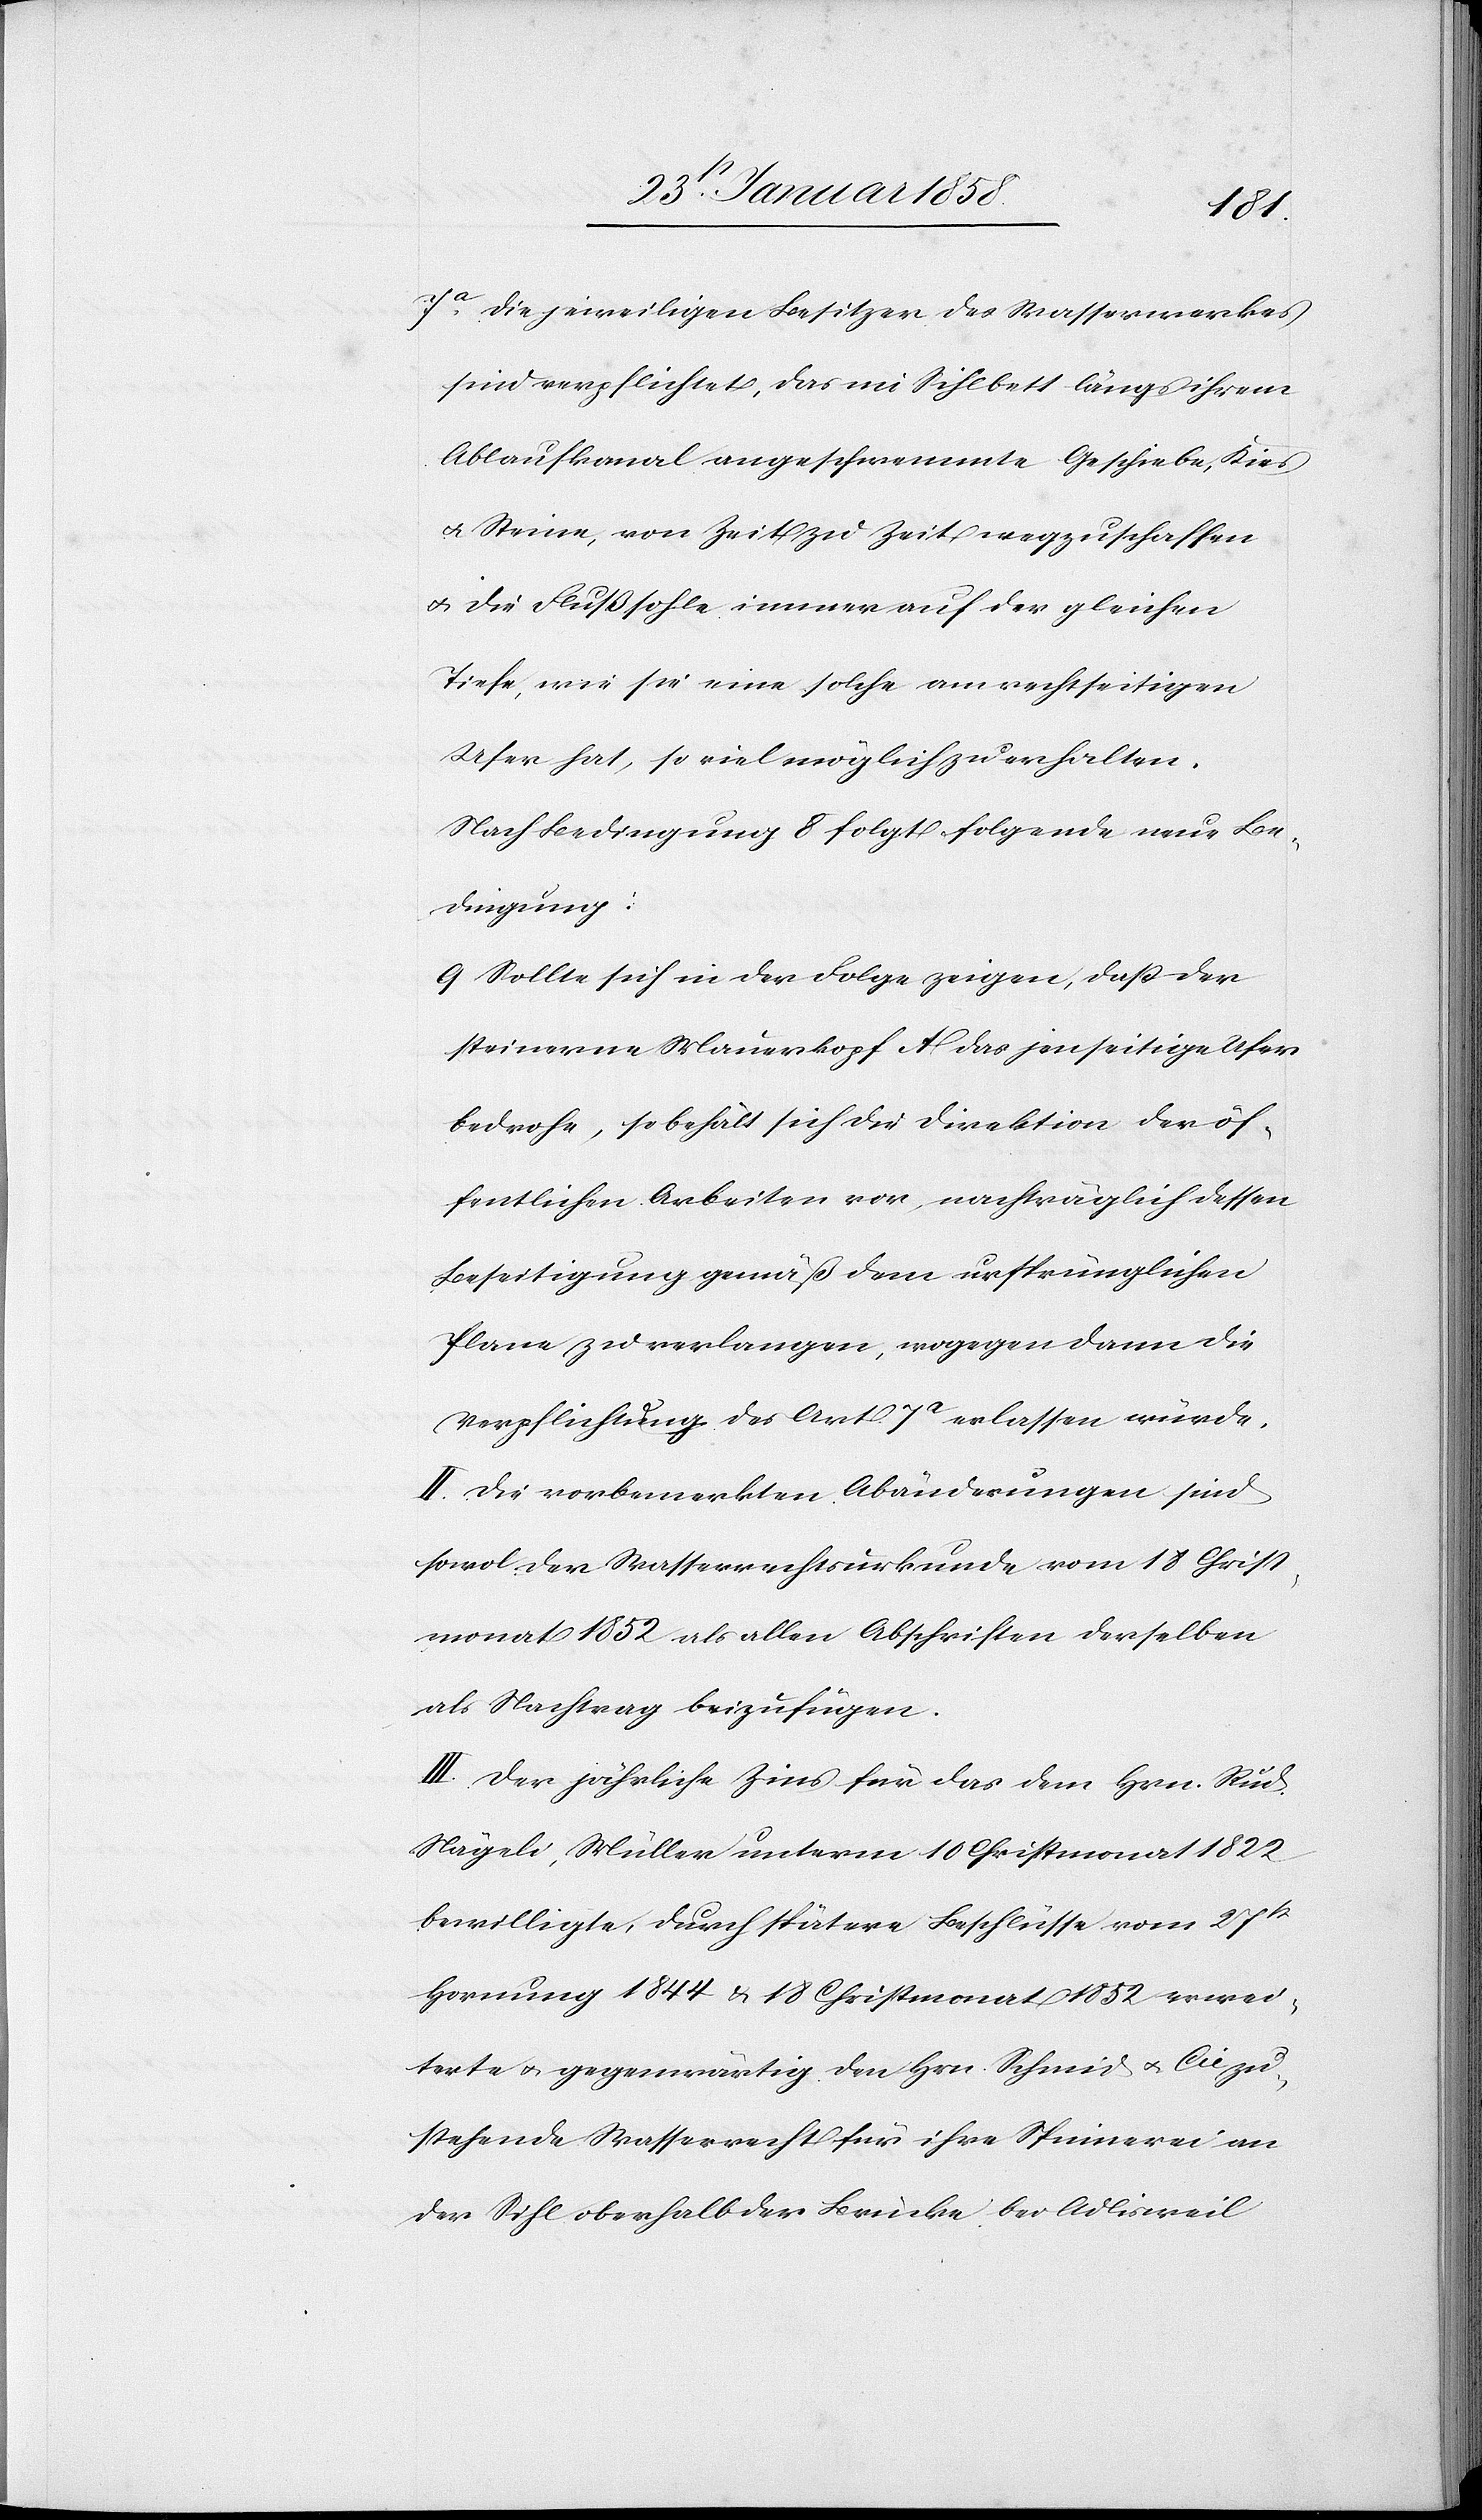
7a Die jeweiligen Besitzer des Wasserwerkes
sind verpflichtet, das im Sihlbett längs ihrem
Ablaufkanal angeschwemmte Geschiebe, Kies
u. Steine, von Zeit zu Zeit weggzuschaffen
u. die Flußsohle immer auf der gleichen
Tiefe, wie sie eine solche am rechtseitigen
Ufer hat, so viel möglich zu erhalten.
Nach Bedingung 8 folgt folgende neue Be¬
dingung:
9 Sollte sich in der Folge zeigen, daß der
steinerne Mauerkopf A das jenseitige Ufer
bedrohe, so behält sich die Direktion der öf¬
fentlichen Arbeiten vor, nachträglich dessen
Beseitigung gemäß dem ursprünglichen
Plane zu verlangen, wogegen dann die
Verpflichtung des Art. 7a erlassen würde.
II. Die vorbemerkten Abänderungen sind
sowol der Wasserrechtsurkunde vom 18 Christ¬
monat 1852 als allen Abschriften derselben
als Nachtrag beizufügen.
III. Der jährliche Zins für das dem Hrn. Rud.
Nägeli, Müller unterm 10 Christmonat 1822
bewilligte, durch spätere Beschlüsse vom 27st
Hornung 1844 u. 18 Christmonat 1852 erwei¬
terte u. gegenwärtig den Hrn. Schmid u. Cie zu¬
stehende Wasserrecht für ihre Spinnerei an
der Sihl oberhalb der Brücke bei Adlisweil